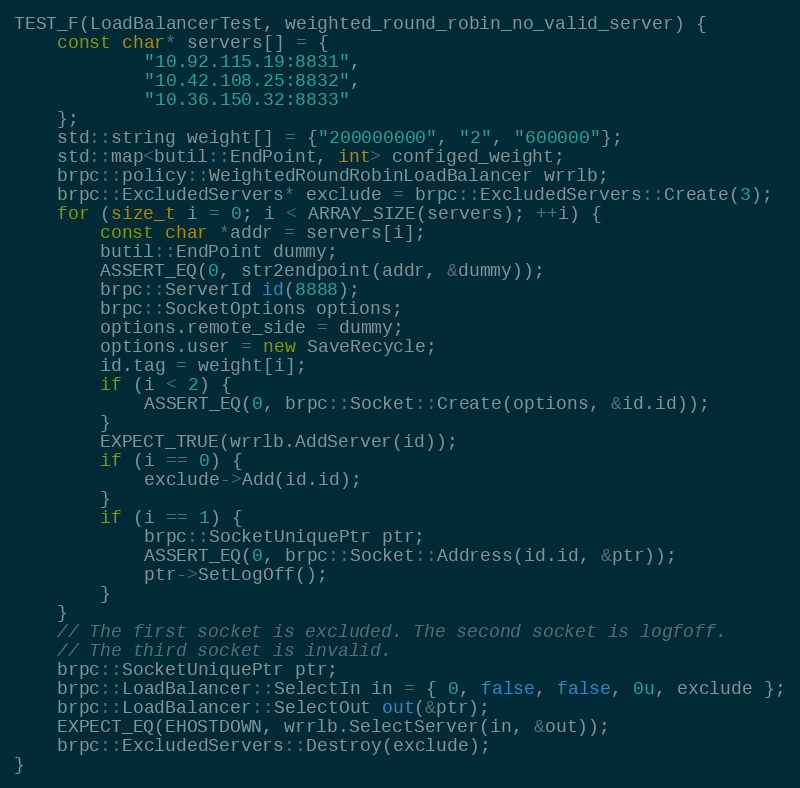
Language: C++
TEST_F(LoadBalancerTest, weighted_round_robin_no_valid_server) {
    const char* servers[] = {
            "10.92.115.19:8831",
            "10.42.108.25:8832",
            "10.36.150.32:8833"
    };
    std::string weight[] = {"200000000", "2", "600000"};
    std::map<butil::EndPoint, int> configed_weight;
    brpc::policy::WeightedRoundRobinLoadBalancer wrrlb;
    brpc::ExcludedServers* exclude = brpc::ExcludedServers::Create(3);
    for (size_t i = 0; i < ARRAY_SIZE(servers); ++i) {
        const char *addr = servers[i];
        butil::EndPoint dummy;
        ASSERT_EQ(0, str2endpoint(addr, &dummy));
        brpc::ServerId id(8888);
        brpc::SocketOptions options;
        options.remote_side = dummy;
        options.user = new SaveRecycle;
        id.tag = weight[i];
        if (i < 2) {
            ASSERT_EQ(0, brpc::Socket::Create(options, &id.id));
        }
        EXPECT_TRUE(wrrlb.AddServer(id));
        if (i == 0) {
            exclude->Add(id.id);
        }
        if (i == 1) {
            brpc::SocketUniquePtr ptr;
            ASSERT_EQ(0, brpc::Socket::Address(id.id, &ptr));
            ptr->SetLogOff();
        }
    }
    // The first socket is excluded. The second socket is logfoff.
    // The third socket is invalid.
    brpc::SocketUniquePtr ptr;
    brpc::LoadBalancer::SelectIn in = { 0, false, false, 0u, exclude };
    brpc::LoadBalancer::SelectOut out(&ptr);
    EXPECT_EQ(EHOSTDOWN, wrrlb.SelectServer(in, &out));
    brpc::ExcludedServers::Destroy(exclude);
}